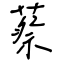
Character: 蔡